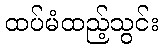
ထပ်မံထည့်သွင်း